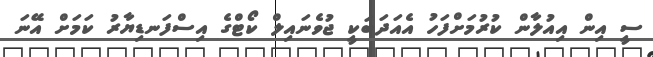
ސީ އިން އިއުލާން ކުރުމަށްފަހު އެއަދަބަކީ ޖުވެނައިލް ކޯޓްގެ އިސްފަނޑިޔާރު ކަމަށް އޭނަ